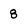
Character: 8